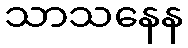
သာသနေန